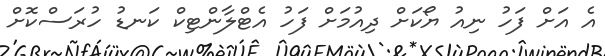
އެ އަށް ފަހު ނިއު ޔޯކަަށް ދިއުމަށް ފަހު އެޓްލާންޓިކް ކަނޑު ހުރަސްކޮށް